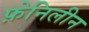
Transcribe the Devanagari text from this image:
फ़ेनिलीन